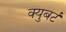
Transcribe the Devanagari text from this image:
क्युबर्ट